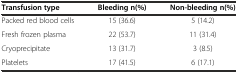
| Transfusion type | Bleeding n(%) | Non-bleeding n(%) |
 | --- | --- | --- |
 | Packed red blood cells | 15 (36.6) | 5 (14.2) |
 | Fresh frozen plasma | 22 (53.7) | 11 (31.4) |
 | Cryoprecipitate | 13 (31.7) | 3 (8.5) |
 | Platelets | 17 (41.5) | 6 (17.1) |